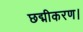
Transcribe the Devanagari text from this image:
छद्मीकरण।